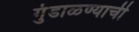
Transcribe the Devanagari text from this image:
गुंडाळण्याची